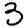
Digit: 3